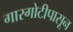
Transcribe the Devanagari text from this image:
गारगोटीपासून